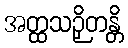
အတ္ထသဉှိတန္တိ